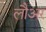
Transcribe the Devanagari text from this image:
लौअर